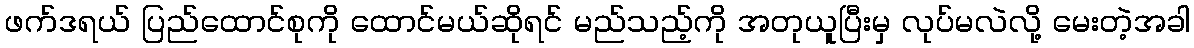
ဖက်ဒရယ် ပြည်ထောင်စုကို ထောင်မယ်ဆိုရင် မည်သည့်ကို အတုယူပြီးမှ လုပ်မလဲလို့ မေးတဲ့အခါ